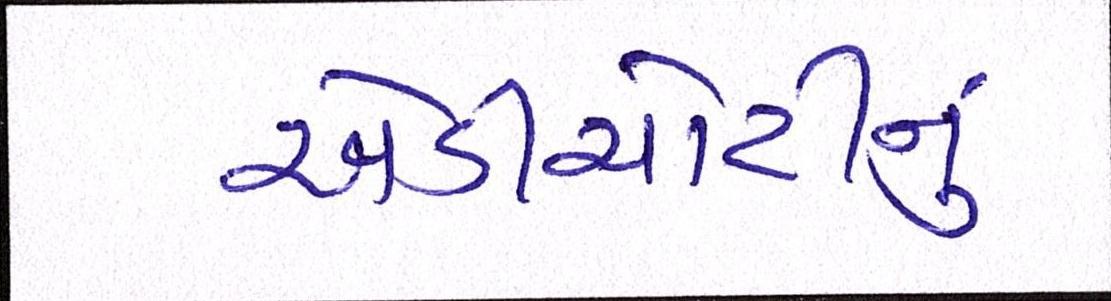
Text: એડીચોટીનું